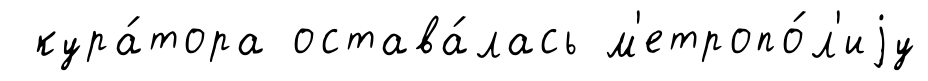
кура́тора остава́лась м'етропо́л'иjу